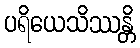
ပရိယေသိဿန္တိ